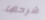
شرحها